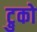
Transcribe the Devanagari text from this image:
ट्रुको